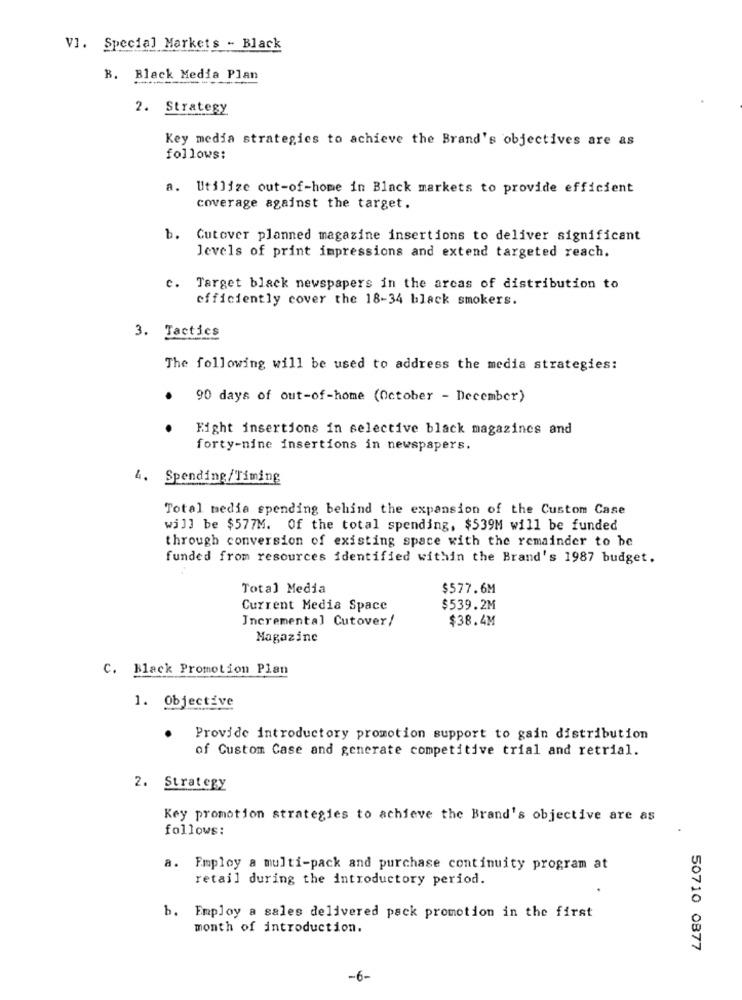
V]. Special Markets - Black
B. Black Media Plan
2. Strategy
Key media strategies to achieve the Brand's objectives are as
follows:
a. Utilize out-of-home in Black markets to provide efficient
coverage against the target.
b. Cutover planned magazine insertions to deliver significant
levels of print impressions and extend targeted reach.
e. Target black newspapers in the arcas of distribution to
efficiently cover the 18-34 black smokers.
3. Tactics
The following will be used to address the media strategies:
.
90 days of out-of-home (October - December)
Fight insertions in selective black magazines and
forty-nine insertions in newspapers.
4. Spending/Timing
Total media spending behind the expansion of the Custom Case
will be $577M. Of the total spending, $539M will be funded
through conversion of existing space with the remainder to be
funded from resources identified within the Brand's 1987 budget.
Total Media
$577.6M
Current Media Space
$539.2M
Incremental Cutover/
$38.4M
Magazine
C. Black Promotion Plan
1. Objective
Provide introductory promotion support to gain distribution
of Custom Case and generate competitive trial and retrial.
2. Strategy
Key promotion strategies to achieve the Brand's objective are as
follows:
a. Employ a multi-pack and purchase continuity program at
retail during the introductory period.
b. Employ a sales delivered pack promotion in the first
month of introduction.
50710 0877
-6-